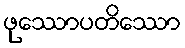
ဖုဿောပတိဿော